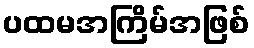
ပထမအကြိမ်အဖြစ်